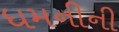
ધમનીની